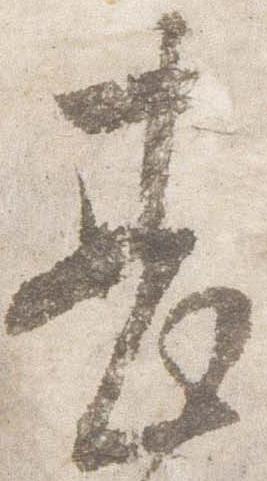
甚